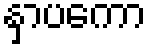
နှာပကော